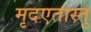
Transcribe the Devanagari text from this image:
मृदएतास्तु